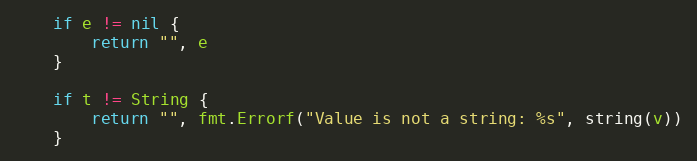
Language: Go
	if e != nil {
		return "", e
	}

	if t != String {
		return "", fmt.Errorf("Value is not a string: %s", string(v))
	}